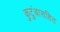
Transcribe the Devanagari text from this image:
कुटुंबासहित